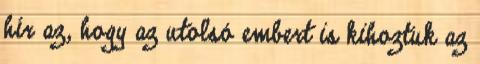
hír az, hogy az utolsó embert is kihoztuk az